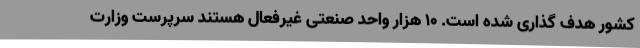
کشور هدف گذاری شده است. 10 هزار واحد صنعتی غیرفعال هستند سرپرست وزارت